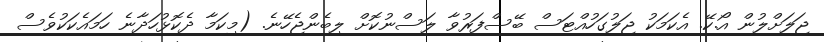
ޖަލަށްލުން އޯ.ކޭ. އެކަމަކު ޖަލުގަހުއްޓަސް ބޭސްފަރުވާ ލަސްނުކޮށް ލިބެންޖެހޭނެ. (މިކަމާ ދެކޮޅުހަދާނެ ހަމައެކަކުވެސް